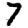
Digit: 7